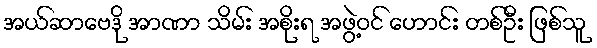
အယ်ဆာဗေဒို အာဏာ သိမ်း အစိုးရ အဖွဲ့ဝင် ဟောင်း တစ်ဦး ဖြစ်သူ